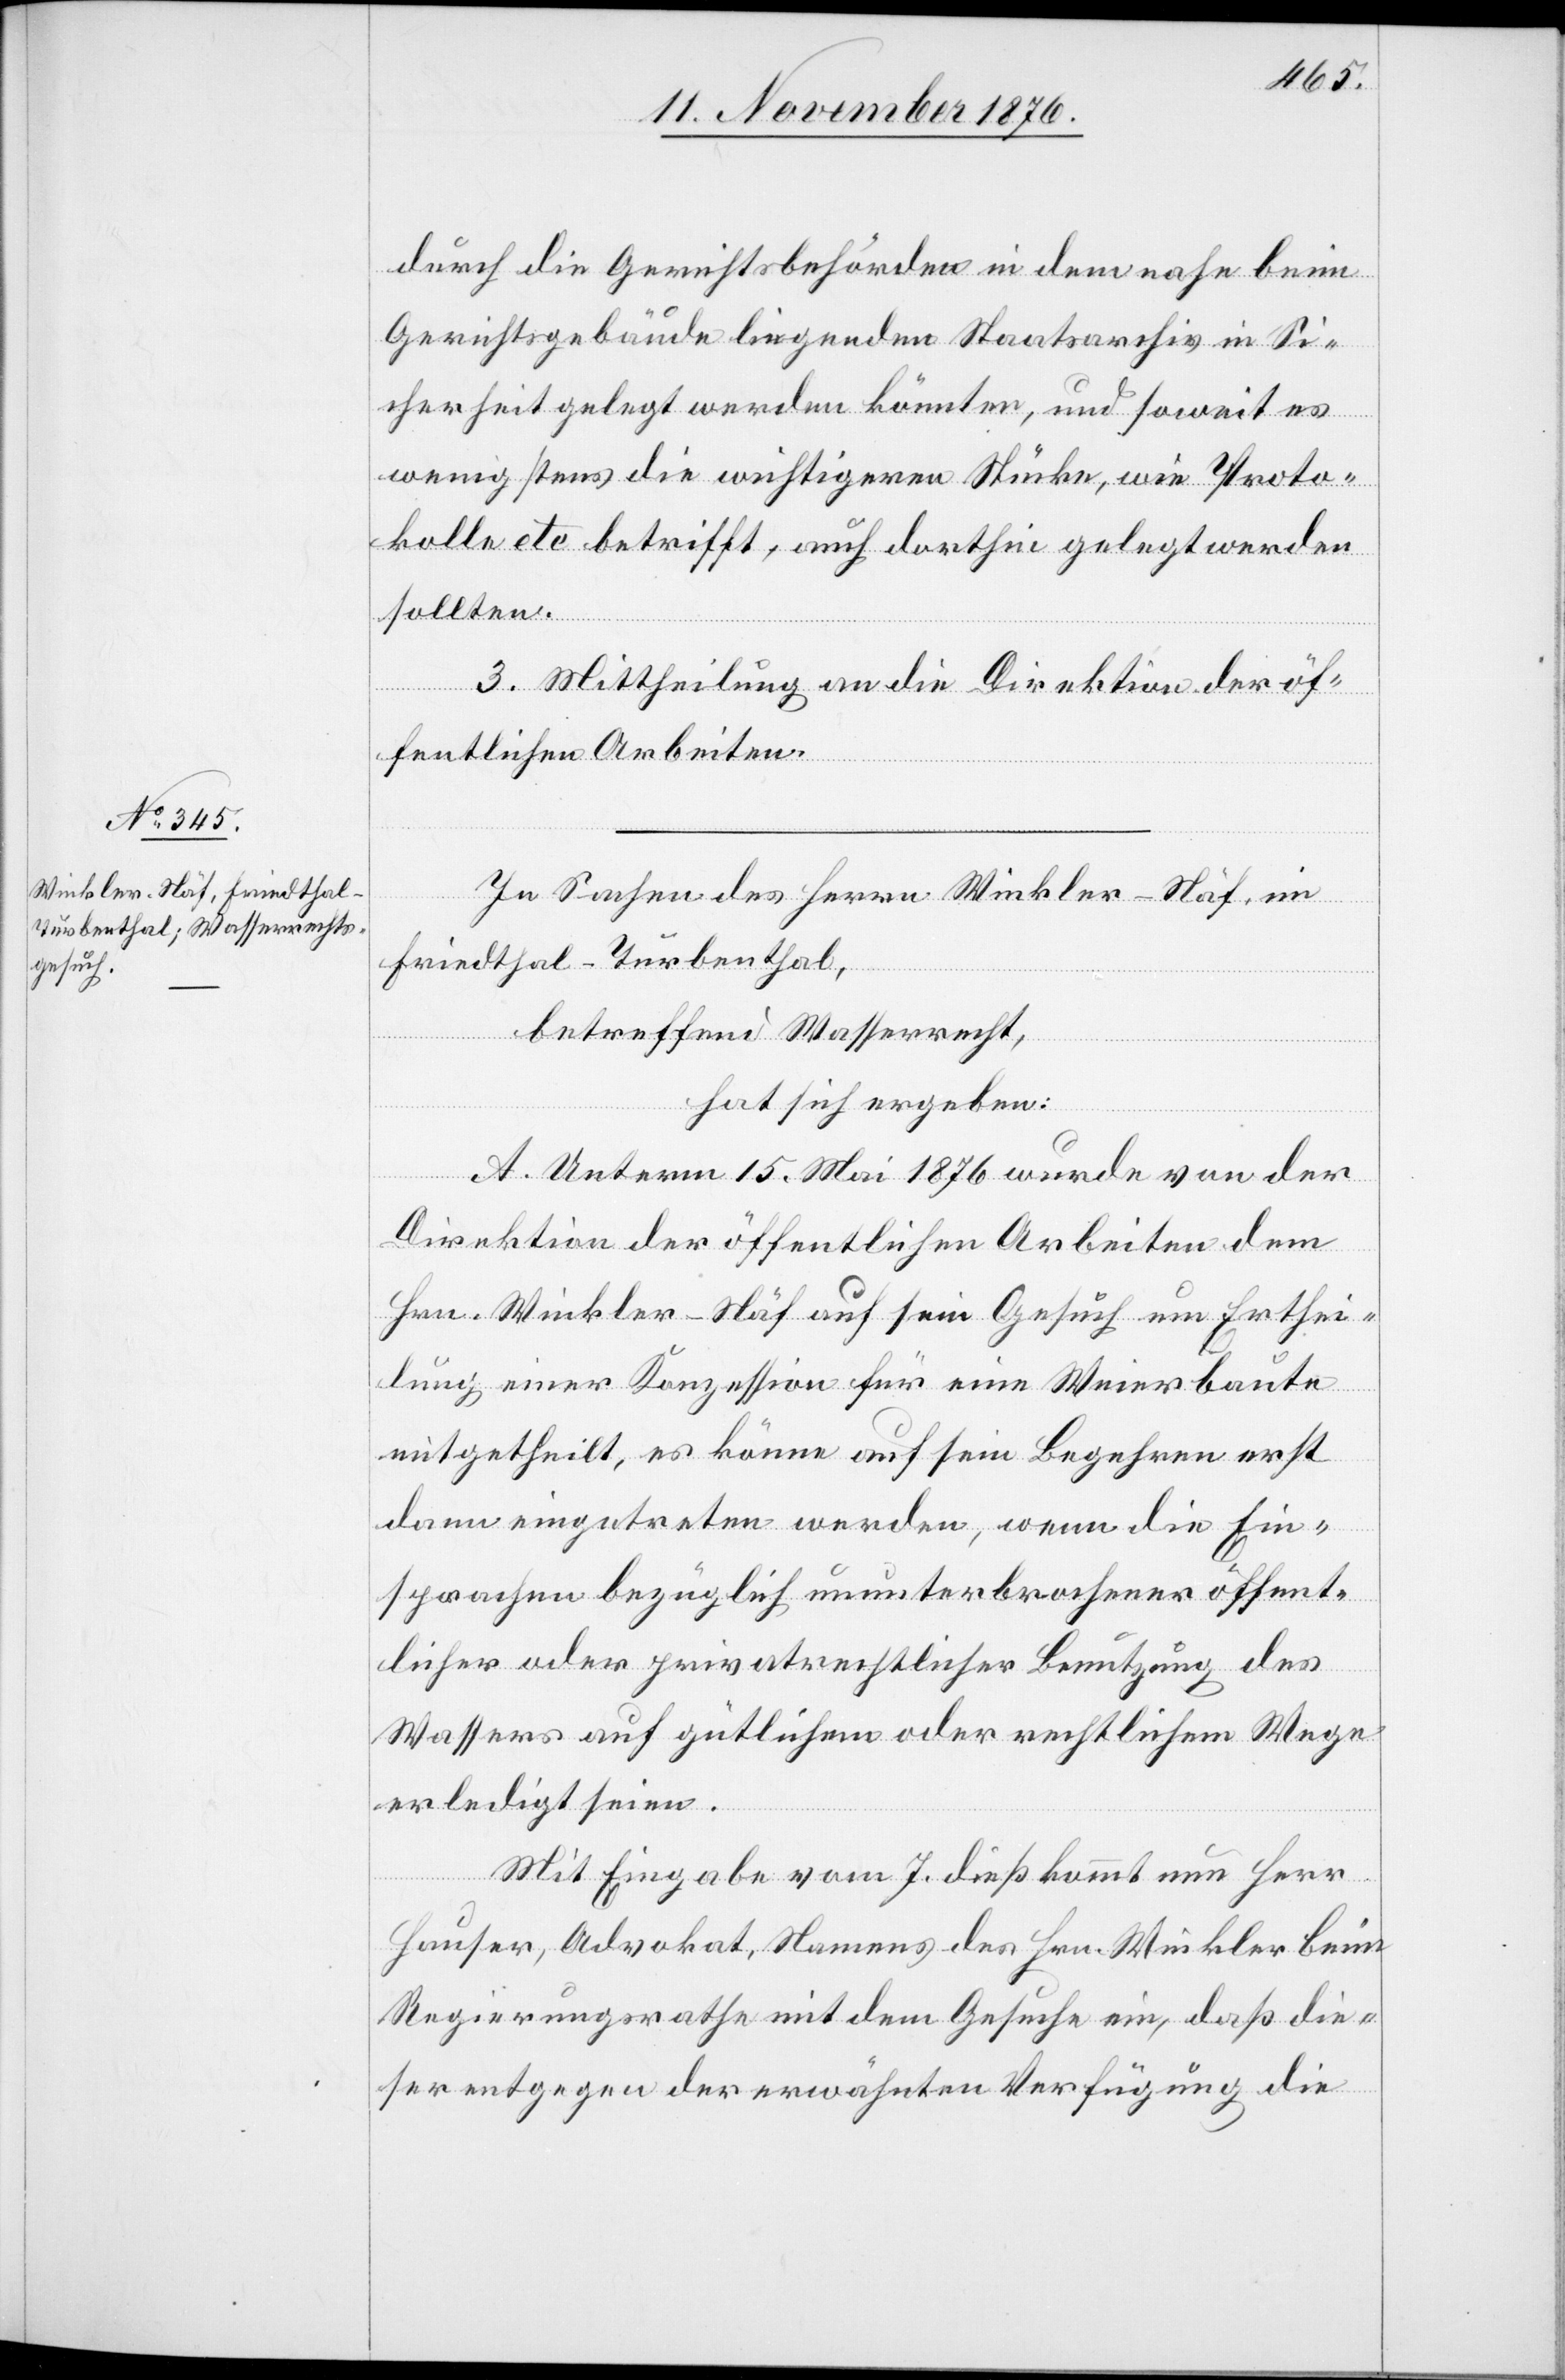
durch die Gerichtsbehörden in dem nahe beim
Gerichtsgebäude liegenden Staatsarchiv in Si¬
cherheit gelegt werden könnten, und soweit es
wenigstens die wichtigeren Stücke, wie Proto¬
kolle etc. betrifft, auch dorthin gelegt werden
sollten.
3. Mittheilung an die Direktion der öf¬
fentlichen Arbeiten.
In Sachen des Herrn Winkler-Näf, im
Friedthal - Turbenthal,
betreffend Wasserrecht,
hat sich ergeben:
A. Unterm 15. Mai 1876 wurde von der
Direktion der öffentlichen Arbeiten dem
Hrn. Winkler-Näf auf sein Gesuch um Erthei¬
lung einer Konzession für eine Weierbaute
mitgetheilt, es könne auf sein Begehren erst
dann eingetreten werden, wenn die Ein¬
sprachen bezüglich ununterbrochener öffent¬
licher oder privatrechtlicher Benutzung des
Wassers auf gütlichem oder rechtlichen Wege
erledigt seien.
Mit Eingabe vom 7. dieß kommt nun Herr
Hauser, Advokat, Namens des Hrn. Winkler beim
Regierungsrathe mit dem Gesuche ein, daß die¬
ser entgegen der erwähnten Verfügung die